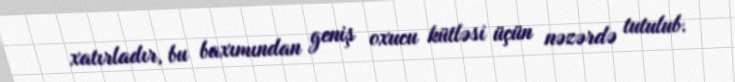
xatırladır, bu baxımından geniş oxucu kütləsi üçün nəzərdə tutulub.